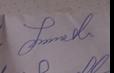
Signature authenticity: genuine